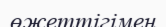
өжеттігімен